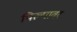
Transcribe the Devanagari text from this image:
पिल्यावर